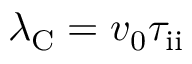
\lambda _ { \mathrm { C } } = v _ { 0 } \tau _ { \mathrm { i i } }